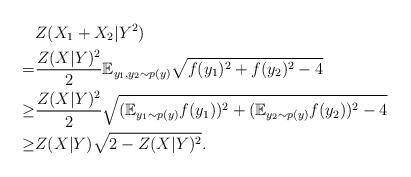
LaTeX: \begin{align*}&Z(X_1+X_2|Y^2)\\=&\frac{Z(X|Y)^2}{2}\mathbb{E}_{y_1,y_2\sim p(y)}\sqrt{f(y_1)^2+f(y_2)^2-4}\\\ge&\frac{Z(X|Y)^2}{2}\sqrt{(\mathbb{E}_{y_1\sim p(y)}f(y_1))^2+(\mathbb{E}_{y_2\sim p(y)}f(y_2))^2-4}\\\ge&Z(X|Y)\sqrt{2-Z(X|Y)^2}.\end{align*}